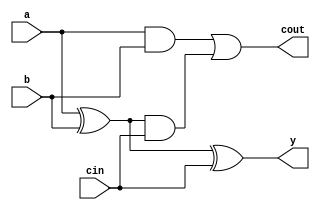
/*module fulladder(input  a, b,
                 input        cin,
                 output  y,
                 output       cout );
    wire                      p, g;
    assign p = a ^ b;
    assign g = a&b;
    assign y = p ^ cin;
    assign cout = g | (p&cin);
endmodule // fulladder*/
 /// 
module fulladder(input  a, b,
                 input  cin,
                 output reg y,
                 output reg cout );
    reg                     p, g;
    always @ (*)
      begin
          p = a ^ b;
          g = a & b;
          y = p ^ cin;
          cout = g | (p&cin);
      end
    
endmodule // fulladder